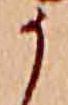
う